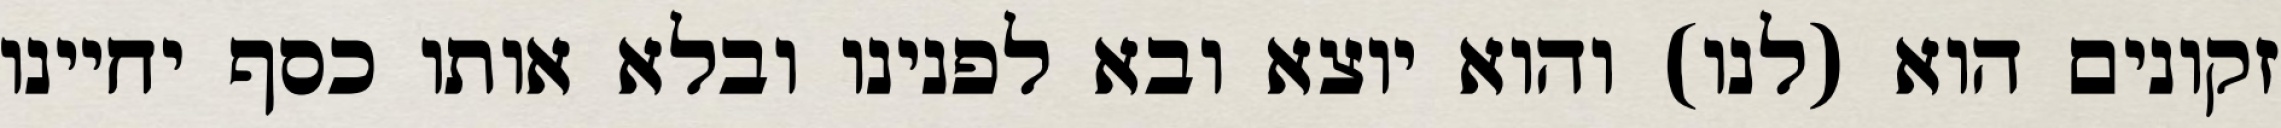
זקונים הוא (לנו) והוא יוצא ובא לפנינו ובלא אותו כסף יחיינו